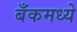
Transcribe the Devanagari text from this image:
बँकमध्ये